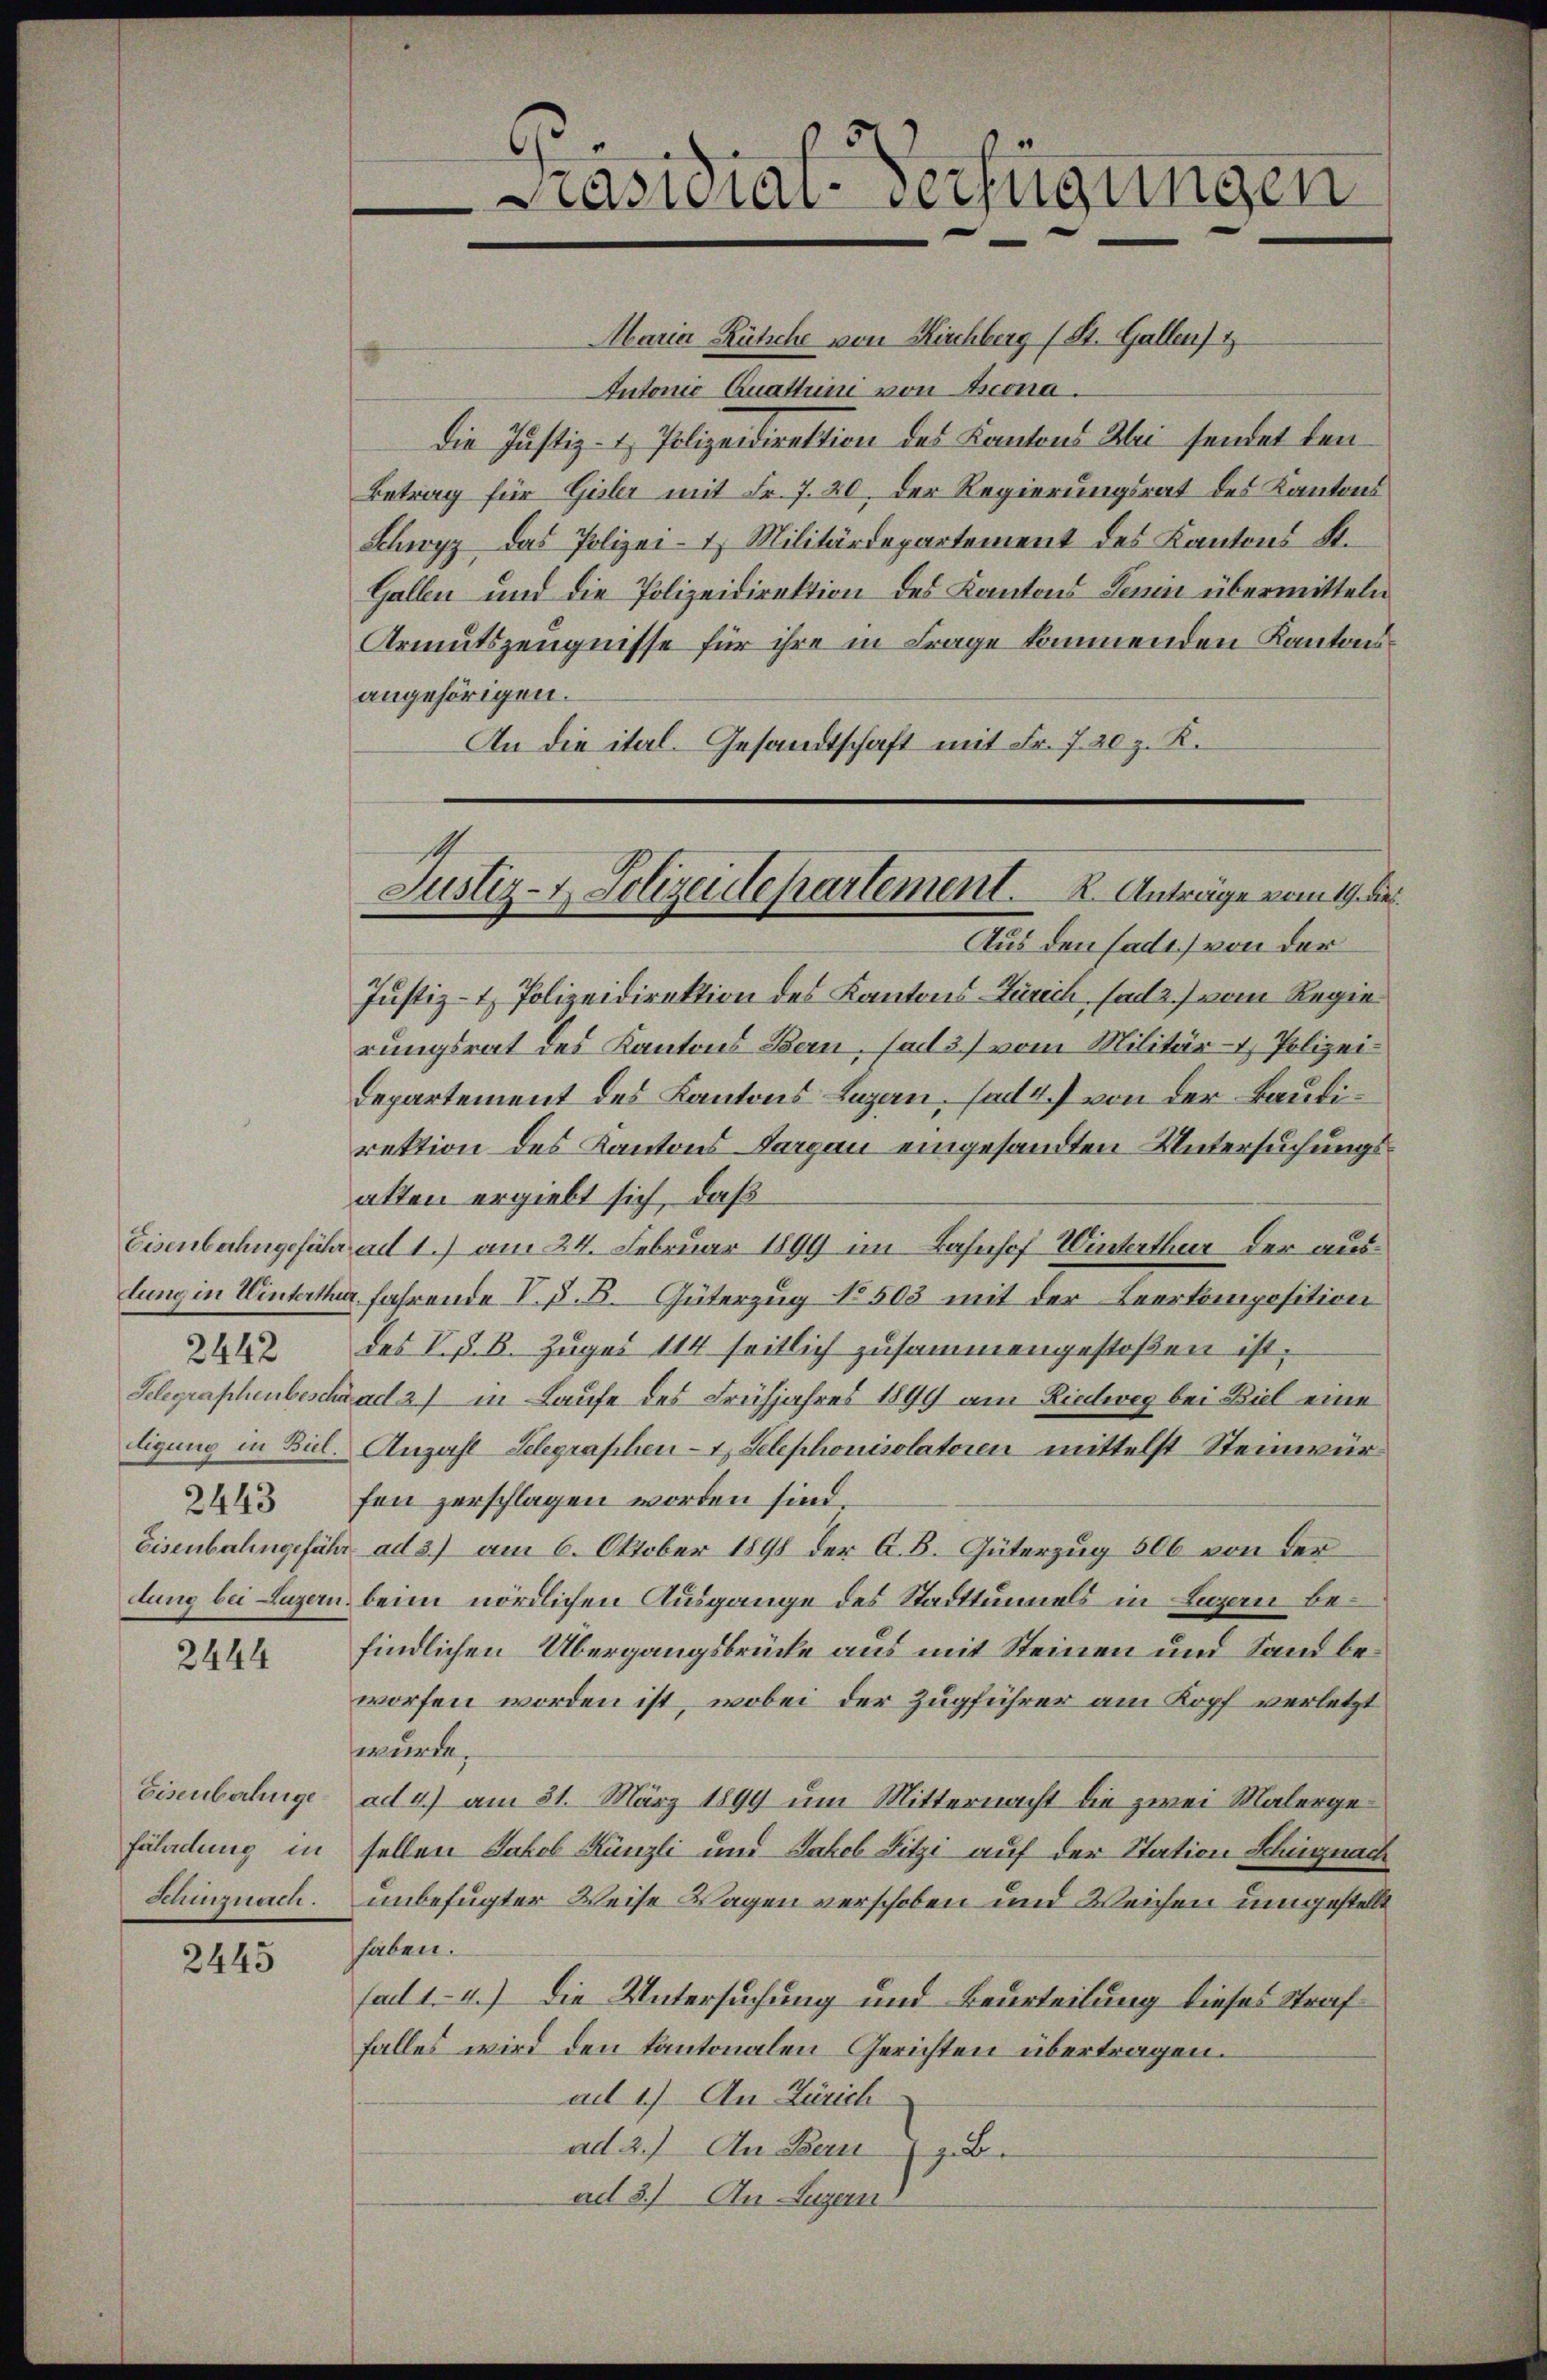
Gelegraphenbescha
tigung in Biel.
2443

2442

2444

Eisenbahnge
fährdung in
Schinznach.

2445

Präsidial-Verfügungen

Maria Rüsche von Kirchberg (St. Gallen
Autonio Quattini von Bona.
die Justiz- & Polizeidirektion des Kantons Bei sendet den¬
Betrag für Gisler mit Fr. 7. 20, der Regierungsrat des Kantons
Schwyz das Polizei- Militärdepartement des Kantons St.
Gallen und die Polizeidirektion des Kantons Lenin übermitteln
Armutszeugnisse für ihre in Frage kommenden Kantonsangehörigen.
An die ital. Gesandtschaft mit Fr. 720 z. K.
Justiz- & Polizeidirektion des Kantons-Zürich, ad 2.) vom Regie
rungsrat des Kantons Bern, fad 3) vom Militär- Polizei¬
Departement des Kantons Luzern, ad 4. von der Baudirektion des Kantons Sargau eingesandten Untersuchungsalten ergiebt sich, daß
Eisenbahngefähr ad 1.) am 24. Februar 1899 im Bahnhof Winterthur der auslung in Winterthur fahrende V. d. B. Güterzug No 503 mit der Leerkomposition
des V. P. B. Zuges 114 seitlich zusammengestoßen ist.
ad 2) in Laufe des Frühjahres 1899 am Riedweg bei Biel eine
Anzahl Gelegraphen- & Selephonisolatoren mittelst Steinwürfen zerschlagen worden sind.
Eisenbahngefähr ad 3.) am 6. Oktober 1898 der A. B. Güterzug 506 von der
dung bei Luzern beim nördlichen Ausgange des Stadttunnels in Ligen befindlichen Übergangsbrücke aus mit Steinen und Sand beworfen worden ist, wobei der Zugführer am Kopf verletzt
wurde.
ad 4) am 31. März 1899 um Mitternacht die zwei Malergesellen Jakob Künzli und Jakob Fitzi auf der Station Schügnach
unbefugter Weise Wagen verschoben und Weichen umgestellt
haben.
fad 1.- 4.) Die Untersuchung und Beurteilung dieses Straf
falles wird den Kantonalen Gerichten übertragen.
ad 1.) An Zürich
ad. 2.) An Bern zu
ad 3. An Luzern

Justiz- & Polizeidepartement. K. Anträge vom 19. die
Aus den fadt) von der